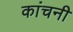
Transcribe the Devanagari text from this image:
कांचनी